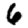
Digit: 6